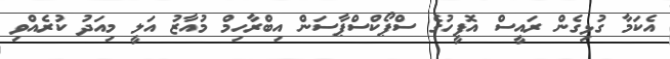
އެކަމާ ގުޅިގެން ރައީސް އޮފީހުގެ ސްޕޯކްސްޕާސަން އިބްރާހިމް މުއާޒު އަލީ މިއަދު ކުރެއްވި